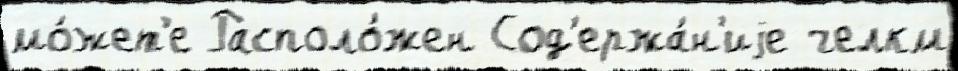
мо́жет'е Располо́жен Сод'ержа́н'иjе челкм